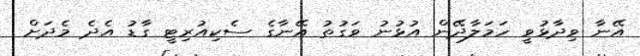
އޭނާ ވިދާޅުވީ ހަމަލާދޭން އުޅުނު ވަގުތު އޭނާގެ ސެކިއުރިޓީ ގާޑު އެދެ މެދަށް